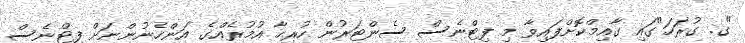
"ގ. ގުރަހަ"ގައި ގާއިމްކޮށްފައިވާ މި ފިޓްނެސް ސެންޓަރުން ހުރިހާ އުމުރެއްގެ އަންހެނުންނަށް ފިޓްނެސް